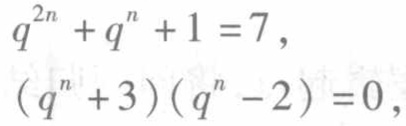
\[
\begin{align*}
q^{2n}+q^{n}+1&=7,\\
(q^{n}+3)(q^{n}-2)&=0,
\end{align*}
\]